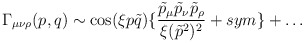
\begin{align*}\Gamma_{\mu \nu \rho}(p,q) \sim \cos(\xi p \tilde{q}) \{ \frac{ \tilde{p}_{\mu} \tilde{p}_{\nu} \tilde{p}_{\rho}}{\xi(\tilde{p}^2)^2}+ sym \}+ \ldots \end{align*}